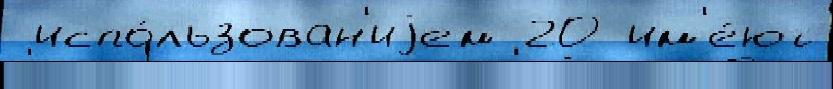
 испо́льзован'иjем 20 им'е́ют